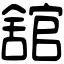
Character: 舘